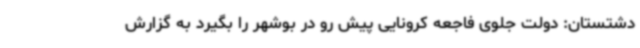
دشتستان: دولت جلوی فاجعه کرونایی پیش رو در بوشهر را بگیرد به گزارش